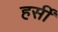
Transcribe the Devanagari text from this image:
हर्सीं